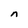
Character: n